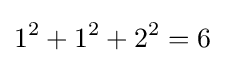
1^{2}+1^{2}+2^{2}=6